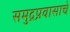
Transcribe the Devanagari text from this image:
समुद्रप्रवासाचे